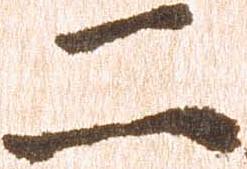
二